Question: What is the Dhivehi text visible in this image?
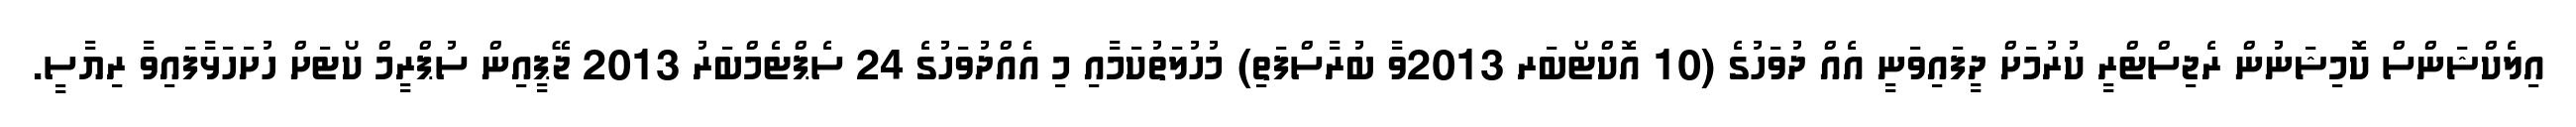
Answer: އިލެކްޝަންސް ކޮމިޝަނުން ރެޖިސްޓްރީ ކުރުމަށް ދީފައިވަނީ އެއް ދުވަހުގެ (10 އޮކްޓޯބަރ 2013ވާ ބުރާސްފަތި) މުހުލަތުކަމާއި މި އެއްދުވަހުގެ 24 ސެޕްޓެމްބަރު 2013 ޖޭޕީއިން ސުޕްރީމް ކޯޓަށް ހުށަހަޅާފައިވާ ރިޔާސީ.